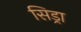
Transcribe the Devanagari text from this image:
सिड्रा